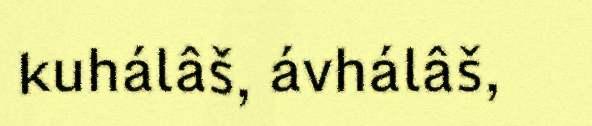
kuhálâš, ávhálâš,